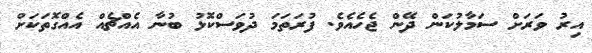
އިރު ވަރަށް ސަމާލުކަން ދޭން ޖެހެއެވެ. ފުރަތަމަ ދުވަސްކޮޅު ބުނާ އެއްޗެއް އެއްގޮތަކަށް